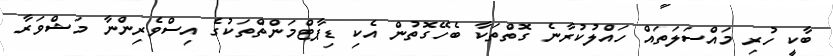
ބާކީ ހުރި މައްސަލަތައް ހައްލުކުރާނެ ގޮތްތަކާ ބެހޭގޮތުން އެކި ޑިޕާޓްމަންތްތަކުގެ އިސްވެރިންނާ މަޝްވަރާ